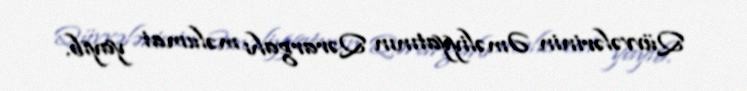
Qüvvələrinin Əməliyyatının Qərargahı məlumat yayıb.